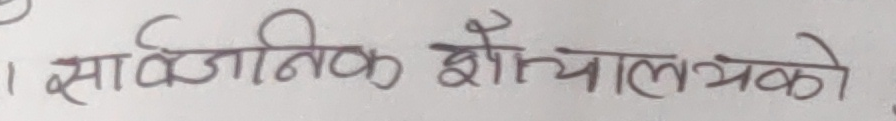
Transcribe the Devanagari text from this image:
सार्वजनिक शौचालयको